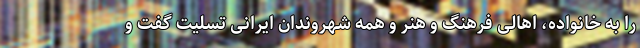
را به خانواده، اهالی فرهنگ و هنر و همه شهروندان ایرانی تسلیت گفت و